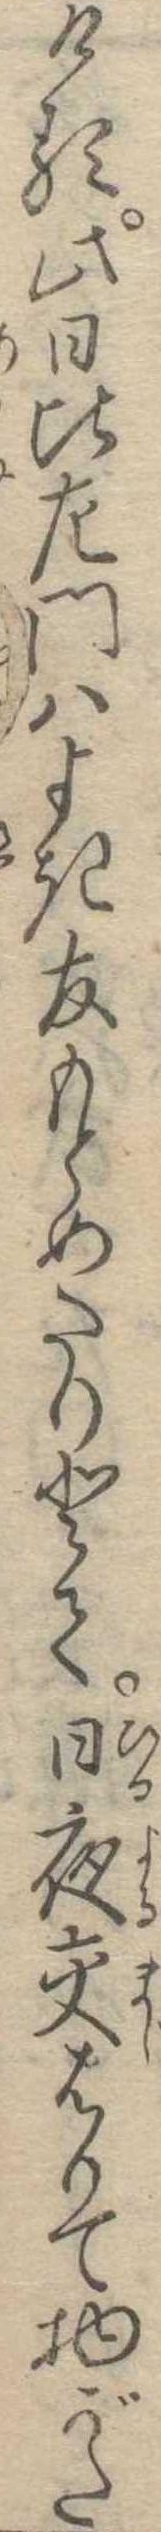
ける此日比左門はよき友もとめたりとて日夜交はりて物がた